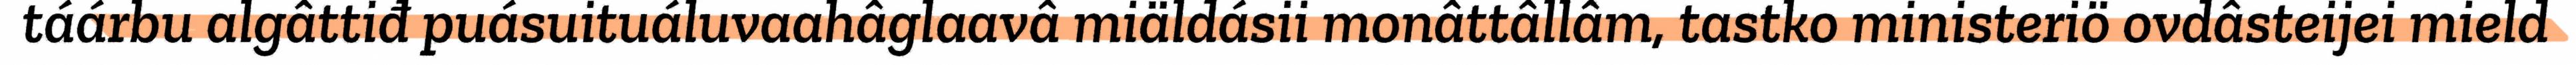
táárbu algâttiđ puásuituáluvaahâglaavâ miäldásii monâttâllâm, tastko ministeriö ovdâsteijei mield